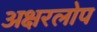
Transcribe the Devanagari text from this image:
अक्षरलोप